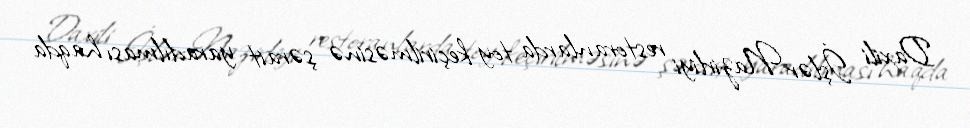
Daxili İşlər Nazirliyi restoranlarda toy keçirilməsinə şərait yaradılması haqda